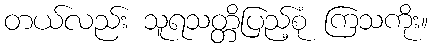
တယ်လည်း သူရသတ္တိပြည့်စုံ ကြသကိုး။